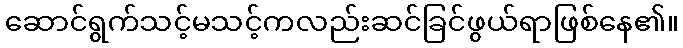
ဆောင်ရွက်သင့်မသင့်ကလည်းဆင်ခြင်ဖွယ်ရာဖြစ်နေ၏။